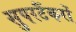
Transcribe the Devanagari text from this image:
सुपरटैंकरों